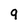
Character: 9